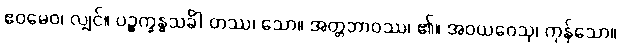
ဧဝမေဝ၊ လျှင်။ ပဉ္စက္ခန္ဓသင်္ခါ တဿ၊ သော။ အတ္တဘာဝဿ၊ ၏။ အဝယဝေသု၊ ကုန်သော။